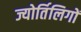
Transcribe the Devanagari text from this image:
ज्योर्तिलिगों